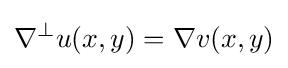
\nabla ^{\perp }u(x,y)=\nabla v(x,y)